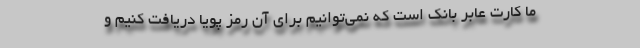
ما کارت عابر بانک است که نمی‌توانیم برای آن رمز پویا دریافت کنیم و